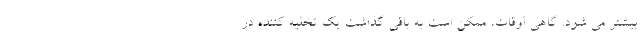
بیشتر می شود. گاهی اوقات، ممکن است به باقی گذاشت یک تخلیه کننده در